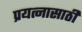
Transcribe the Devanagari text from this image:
प्रयत्‍नासाठी